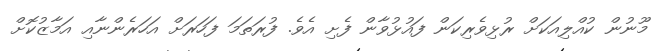
މޫނުން ކުއްލިއަކަށް ރުޅިވެރިކަން ފައުޅުވާން ފެށި އެވެ. ފުރަތަމަ ފަހަރަށް އަހަރެންނާއި އަމާޒުކޮށް